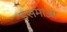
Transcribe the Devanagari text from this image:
इसमाआ